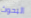
البحوث